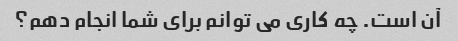
آن است. چه کاری می توانم برای شما انجام دهم؟